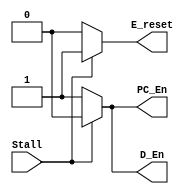
`timescale 1ns / 1ps
//////////////////////////////////////////////////////////////////////////////////
// Company: 
// Engineer: 
// 
// Design Name: 
// Module Name:    stall_controller 
// Project Name: 
// Target Devices: 
// Tool versions: 
// Description: 
//
// Dependencies: 
//
// Revision: 
// Revision 0.01 - File Created
// Additional Comments: 
//
//////////////////////////////////////////////////////////////////////////////////
module stall_controller(//Stall, PC_En, D_En, E_reset);
	input Stall,
	output PC_En,
	output D_En,
	output E_reset
	);
	
	assign PC_En = (Stall == 1)? 1'b0: 1'b1;
	assign D_En = (Stall == 1)? 1'b0: 1'b1;
	assign E_reset = (Stall == 1)? 1'b1: 1'b0;
	
endmodule